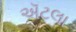
ઍટલા